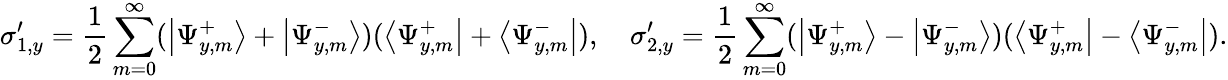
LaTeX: \sigma_{1,y}^{\prime}=\frac{1}{2}\sum_{m=0}^{\infty}(\left|\Psi_{y,m}^{+}\right>+\left|\Psi_{y,m}^{-}\right>)(\left<\Psi_{y,m}^{+}\right|+\left<\Psi_{y,m}^{-}\right|),\quad\sigma_{2,y}^{\prime}=\frac{1}{2}\sum_{m=0}^{\infty}(\left|\Psi_{y,m}^{+}\right>-\left|\Psi_{y,m}^{-}\right>)(\left<\Psi_{y,m}^{+}\right|-\left<\Psi_{y,m}^{-}\right|).